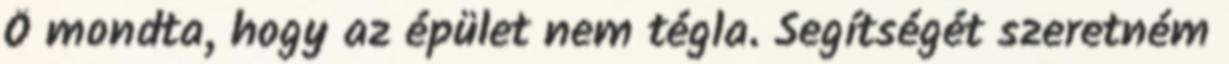
Ő mondta, hogy az épület nem tégla. Segítségét szeretném